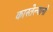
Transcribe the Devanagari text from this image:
कास्तेल्यानो